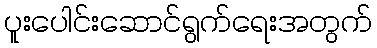
ပူးပေါင်းဆောင်ရွက်ရေးအတွက်